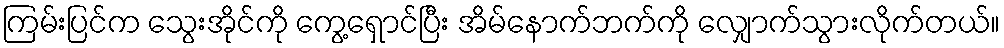
ကြမ်းပြင်က သွေးအိုင်ကို ကွေ့ရှောင်ပြီး အိမ်နောက်ဘက်ကို လျှောက်သွားလိုက်တယ်။